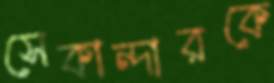
সেকান্দারকে